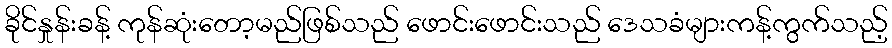
ခိုင်နှုန်းခန့် ကုန်ဆုံးတော့မည်ဖြစ်သည် ဖောင်းဖောင်းသည် ဒေသခံများကန့်ကွက်သည့်